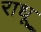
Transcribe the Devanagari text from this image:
राधू